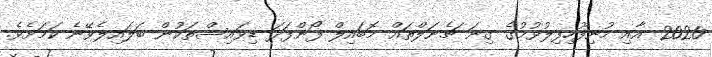
2020 އާއި މުނިފޫހިފިލުވުމުގެ ގިނަ ޗެނަލްތައް މޮބައިލް ފޯންފަދަ ޑިވައިސްތަކުން ބަލައިލެވޭނެ ކަމަށެވެ.